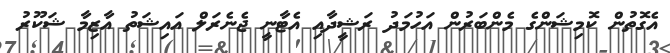
އެގޮތުން ކޮމިޝަންގެ މެންބަރުން އަހުމަދު ރަޝީދާއި އެޓާނީ ޖެނެރަލް އައިޝަތު އާޒިމާ ޝަކޫރު